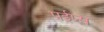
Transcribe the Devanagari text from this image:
पईप्स